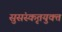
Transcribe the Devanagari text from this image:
सुसंस्कृतयुक्त